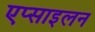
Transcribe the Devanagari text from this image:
एप्साइलन